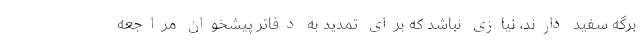
برگه سفید دارند، نیازی نباشد که برای تمدید به دفاتر پیشخوان مراجعه